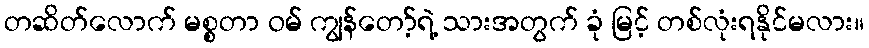
တဆိတ်လောက် မစ္စတာ ဝမ် ကျွန်တော့်ရဲ့ သားအတွက် ခုံ မြင့် တစ်လုံးရနိုင်မလား။